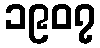
၁၉၀၇